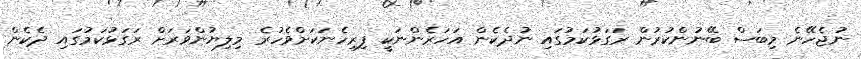
ނުޖެހޭނެ މިބަސް ބޭނުންކުރުން ރަގަޅުކަމުގައި ނުދެކެން އަހަރެންނަކީ ފިރިހެނަކަށްވެހުރެ މިލިޔުންވަރަށް ރަގަޅުކަމުގައި ދެކެން